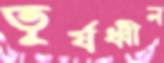
তূর্যধ্বীন